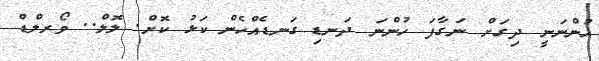
ހުންނަނީ ދިގަށް ނަގާފަ ހުންނަ ދަނޑި ގަނޑެއްހެން ކަޅު ކޮށް. ލޮލް.. ވޯރލްޑް